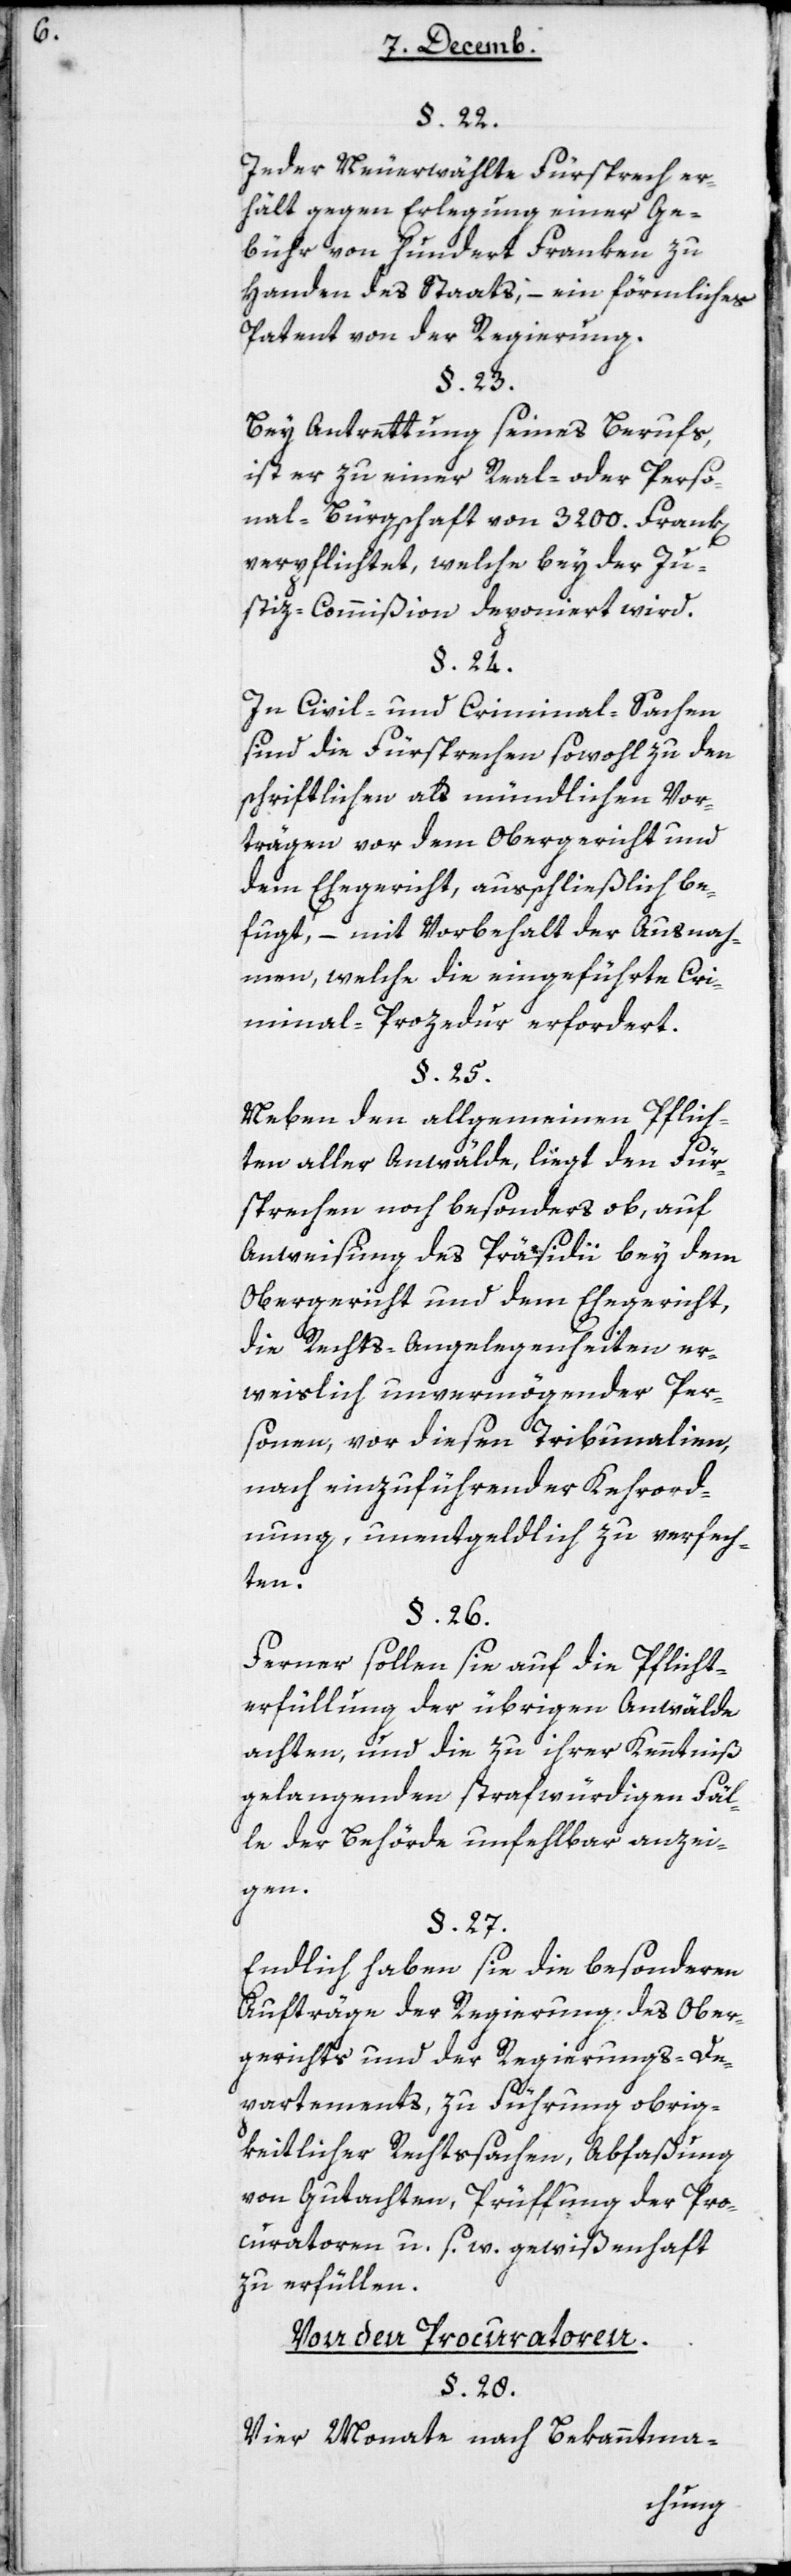
JederNeuerwählte Fürsprech er¬
hält gegen Erlegung einer Ge¬
bühr von hundert Franken zu
Handen des Staats, – ein förmliches
Patent von der Regierung.
Bey Antrettung seines Berufs,
ist er zu einer Real- oder Perso¬
nal-Bürgschaft von 3200 Frank[en]
verpflichtet, welche bey der Ju¬
stiz-Commißion deponiert wird.
§ 24
In Civil- und Criminal-Sachen
sind die Fürsprechen sowohl zu den
schriftlichen als mündlichen Vor¬
trägen vor dem Obergericht und
dem Ehegericht, ausschließlich be¬
fugt, – mit Vorbehalt der Ausnah¬
men, welche die eingeführte Cri¬
minal-Prozedur erfordert.
Neben den allgemeinen Pflich¬
ten aller Anwälte, liegt der Für¬
sprechen noch besonders ob, auf
Anweisung des Präsidii bey dem
Obergericht und dem Ehegericht,
die Rechts-Angelegenheiten er¬
weislich unvermögender Per¬
sonen, vor diesen Tribunalien,
nach einzuführender Kehrord¬
nung, unentgeldlich zu verfech¬
ten.
§ 26
Ferner sollen sie auf die Pflicht¬
erfüllung der übrigen Anwälde
achten, und die zu ihrer Kenntniß
gelangenden strafwürdigen Fäl¬
le der Behörde unfehlbar anzei¬
gen.
§ 27
Endlich haben sie die besonderen
Aufträge der Regierung des Ober¬
gerichts und der Regierungs-De¬
partements, zu Führung obrig¬
keitlicher Rechtssachen, Abfaßung
von Gutachten, Prüffung der Pro¬
curatoren u. s. w. gewißenhaft
zu erfüllen.
Von den Procuratoren.
Vier Monate nach Bekanntma-